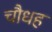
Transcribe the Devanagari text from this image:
चौधह